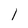
Character: l